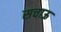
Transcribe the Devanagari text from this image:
सचाऊ